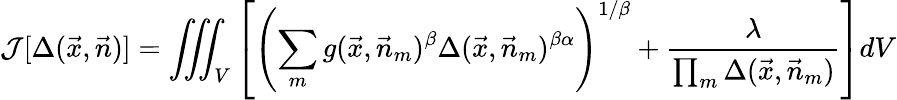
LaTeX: \mathcal{J}[\Delta(\vec{x},\vec{n})]=\iiint_{V}\left[\left(\sum_{m}g(\vec{x},\vec{n}_{m})^{\beta}\Delta(\vec{x},\vec{n}_{m})^{\beta\alpha}\right)^{1/\beta}+\frac{\lambda}{\prod_{m}\Delta(\vec{x},\vec{n}_{m})}\right]dV